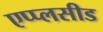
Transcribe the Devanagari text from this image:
एप्प्लसीड